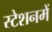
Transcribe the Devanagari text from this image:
स्टेशनमें